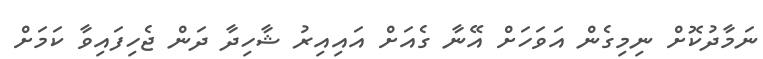
ނަމާދުކޮށް ނިމިގެން އަވަހަށް އޭނާ ގެއަށް އައިއިރު ޝާހިދާ ދަން ޖެހިފައިވާ ކަމަށް